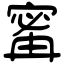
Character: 寗